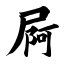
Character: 屙